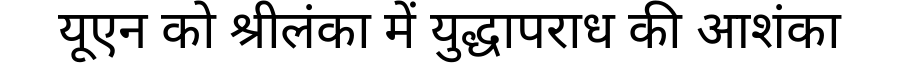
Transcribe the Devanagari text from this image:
यूएन को श्रीलंका में युद्धापराध की आशंका